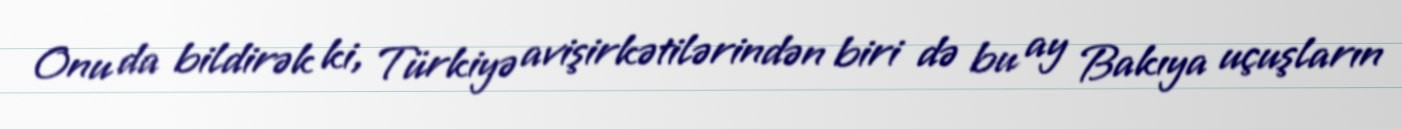
Onu da bildirək ki, Türkiyə avişirkətilərindən biri də bu ay Bakıya uçuşların